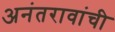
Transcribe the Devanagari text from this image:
अनंतरावांची